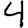
Digit: 4